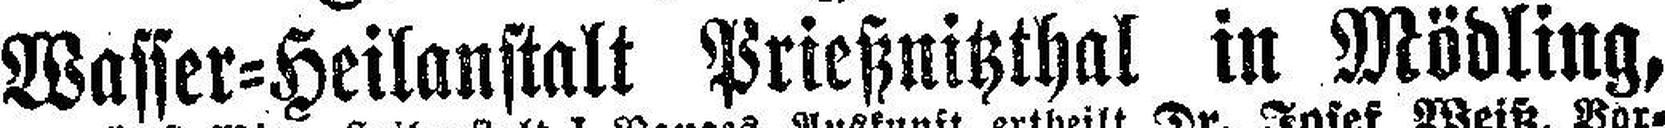
Wasser=Heilanstalt Prießnitzthal in Mödling,